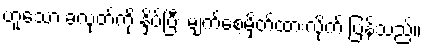
ဟူသော ခလုတ်ကို နှိပ်ပြီး မျက်စေ့မှိတ်ထားလိုက် ပြန်သည်။